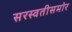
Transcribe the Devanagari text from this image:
सरस्वतीसमोर